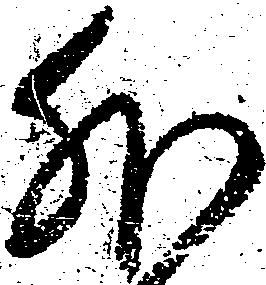
外